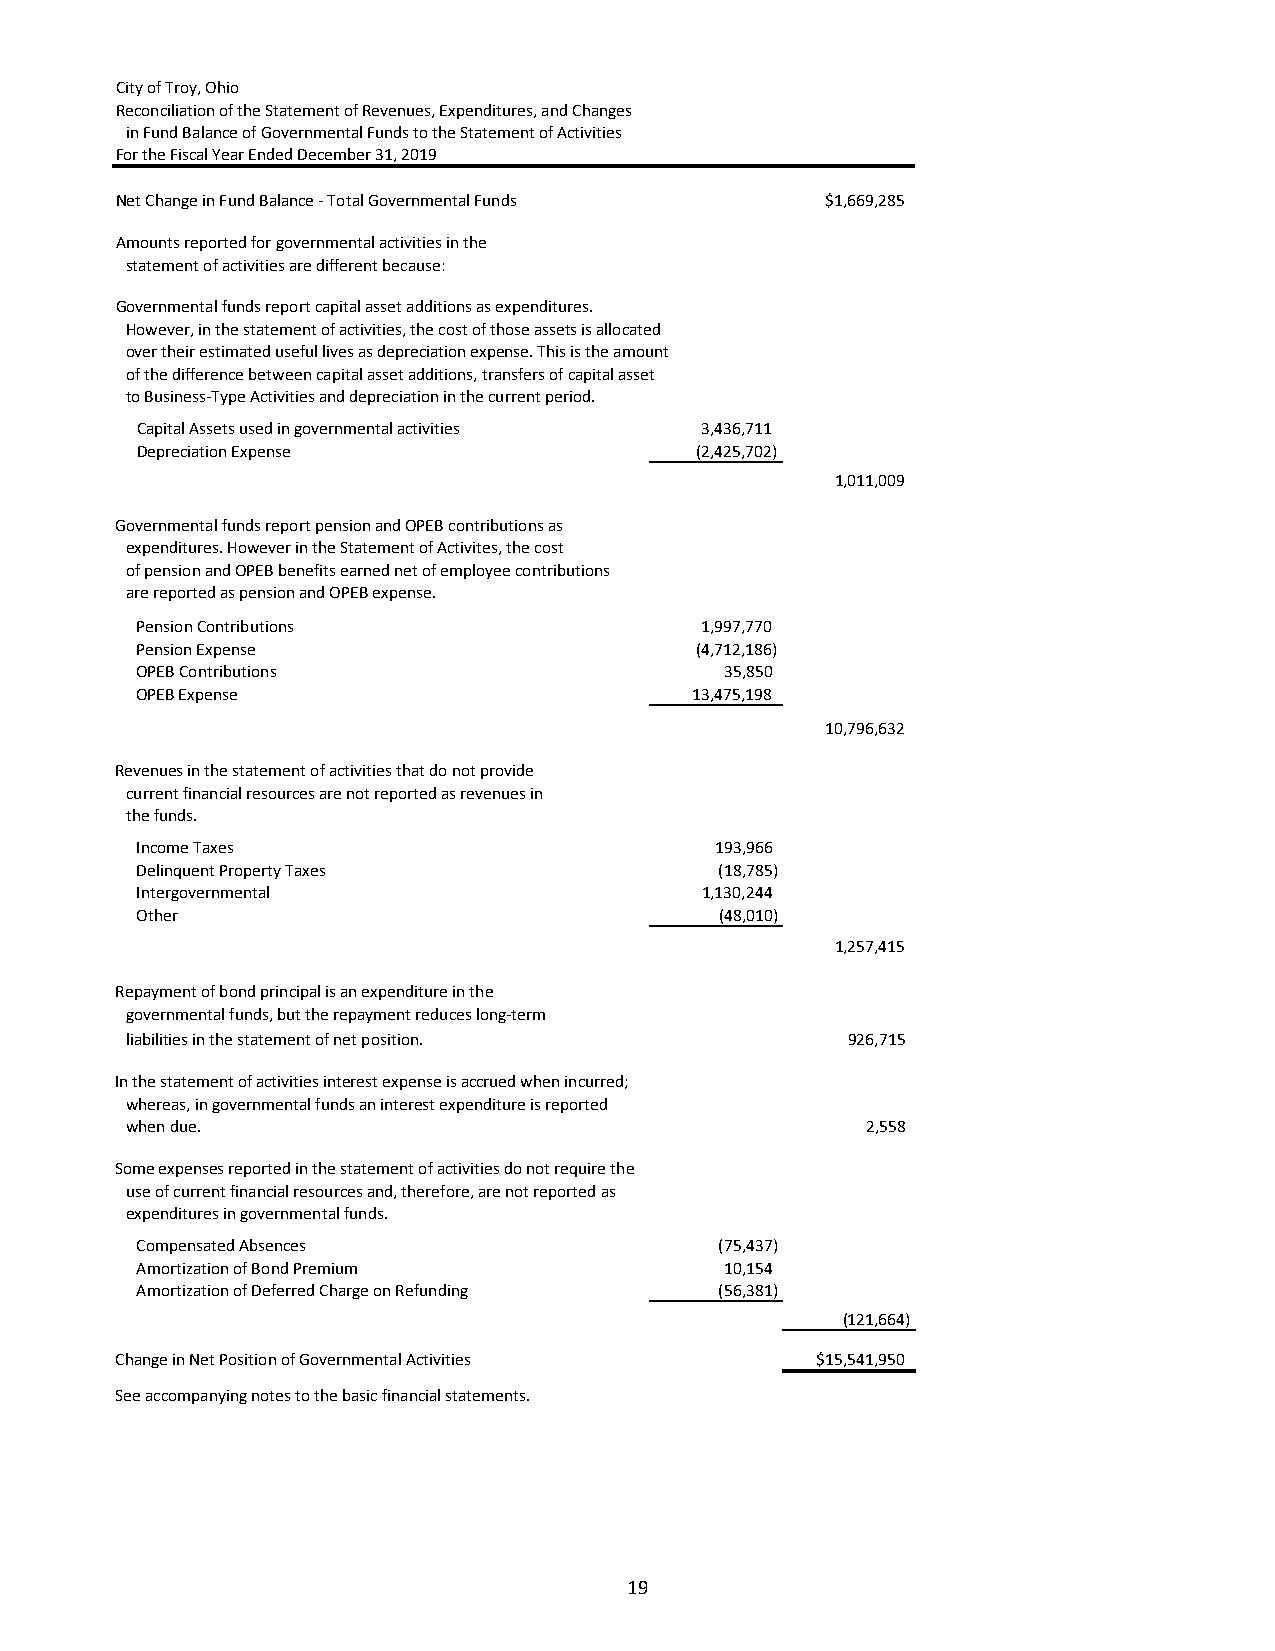
City of Troy, Ohio
 Reconciliation of the Statement of Revenues, Expenditures, and Changes
 in Fund Balance of Governmental Funds to the Statement of Activities
 For the Fiscal Year Ended December 31, 2019
 Net Change in Fund Balance ‐ Total Governmental Funds $1,669,285
 Amounts reported for governmental activities in the
 statement of activities are different because:
 Governmental funds report capital asset additions as expenditures.
 However, in the statement of activities, the cost of those assets is allocated
 over their estimated useful lives as depreciation expense. This is the amount
 of the difference between capital asset additions, transfers of capital asset
 to Business‐Type Activities and depreciation in the current period.
 Capital Assets used in governmental activities 3,436,711
 Depreciation Expense                 (2,425,702)
 1,011,009
 Governmental funds report pension and OPEB contributions as
 expenditures. However in the Statement of Activites, the cost
 of pension and OPEB benefits earned net of employee contributions
 are reported as pension and OPEB expense.
 Pension Contributions                1,997,770
 Pension Expense                      (4,712,186)
 OPEB Contributions                     35,850
 OPEB Expense                         13,475,198
 10,796,632
 Revenues in the statement of activities that do not provide
 current financial resources are not reported as revenues in
 the funds.
 Income Taxes                          193,966
 Delinquent Property Taxes              (18,785)
 Intergovernmental                    1,130,244
 Other                                  (48,010)
 1,257,415
 Repayment of bond principal is an expenditure in the
 governmental funds, but the repayment reduces long‐term
 liabilities in the statement of net position.   926,715
 In the statement of activities interest expense is accrued when incurred;
 whereas, in governmental funds an interest expenditure is reported
 when due.                                        2,558
 Some expenses reported in the statement of activities do not require the
 use of current financial resources and, therefore, are not reported as
 expenditures in governmental funds.
 Compensated Absences                   (75,437)
 Amortization of Bond Premium           10,154
 Amortization of Deferred Charge on Refunding (56,381)
 (121,664)
 Change in Net Position of Governmental Activities $15,541,950
 See accompanying notes to the basic financial statements.
 19